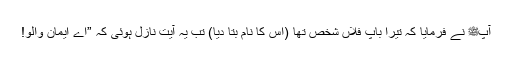
آپﷺ نے فرمایا کہ تیرا باپ فلاں شخص تھا (اس کا نام بتا دیا) تب یہ آیت نازل ہوئی کہ ”اے ایمان والو!